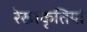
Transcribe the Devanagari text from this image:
रेखाकृतियां